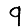
Digit: 9